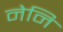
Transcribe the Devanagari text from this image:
नेनि